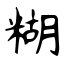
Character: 糊